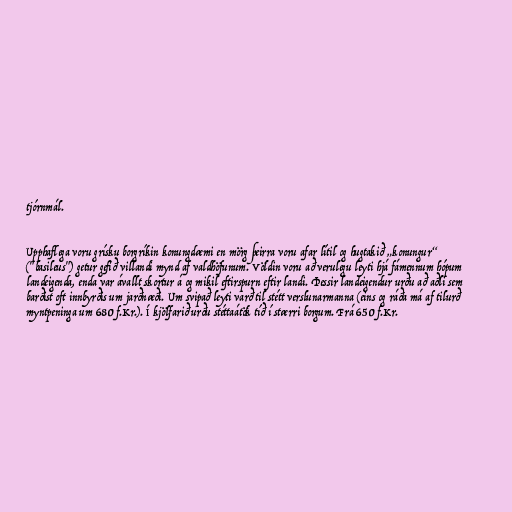
tjórnmál.

Upphaflega voru grísku borgríkin konungdæmi en mörg þeirra voru afar lítil og hugtakið „konungur“
("basileus") getur gefið villandi mynd af valdhöfunum. Völdin voru að verulegu leyti hjá fámennum hópum
landeigenda, enda var ávallt skortur á og mikil eftirspurn eftir landi. Þessir landeigendur urðu að aðli sem
barðist oft innbyrðis um jarðnæði. Um svipað leyti varð til stétt verslunarmanna (eins og ráða má af tilurð
myntpeninga um 680 f.Kr.). Í kjölfarið urðu stéttaátök tíð í stærri borgum. Frá 650 f.Kr.